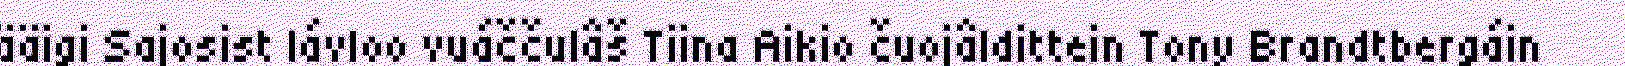
ääigi Sajosist lávloo vuáččulâš Tiina Aikio čuojâldittein Tony Brandtbergáin